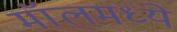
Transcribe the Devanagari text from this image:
मॉलमध्ये